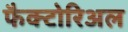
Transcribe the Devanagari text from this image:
फैक्टोरिअल